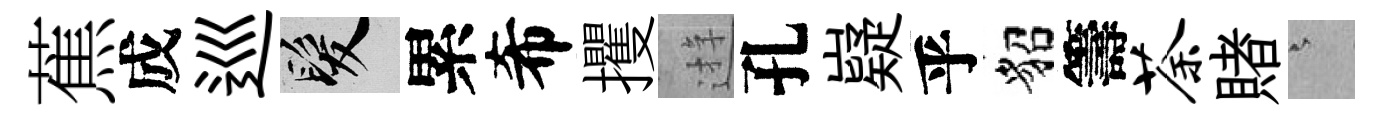
蕉成巡髮累希攫逰孔嶷乎貂籌荼賭澹